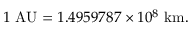
1 { \mathrm { ~ A U } } = 1 . 4 9 5 9 7 8 7 \times 1 0 ^ { 8 } { \mathrm { ~ k m } } .